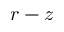
r - z